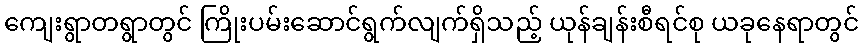
ကျေးရွာတရွာတွင် ကြိုးပမ်းဆောင်ရွက်လျက်ရှိသည့် ယုန်ချန်းစီရင်စု ယခုနေရာတွင်